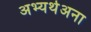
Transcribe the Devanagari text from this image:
अभ्यर्थअना